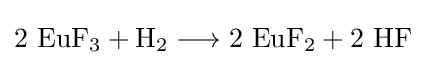
\mathrm {2\ EuF_{3}+H_{2}\longrightarrow 2\ EuF_{2}+2\ HF}